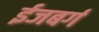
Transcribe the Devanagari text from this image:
ईजबर्ग